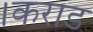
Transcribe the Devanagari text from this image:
।कराड